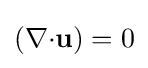
{\textstyle (\nabla {\cdot {\mathbf {u} }})=0}